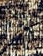
ألقينا